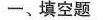
一、填空题